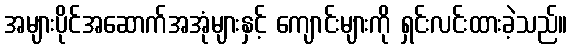
အများပိုင်အဆောက်အအုံများနှင့် ကျောင်းများကို ရှင်းလင်းထားခဲ့သည်။